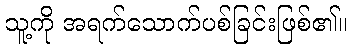
သူ့ကို အရက်သောက်ပစ်ခြင်းဖြစ်၏။